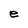
Character: e